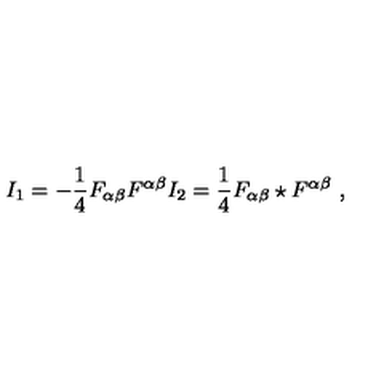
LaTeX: I _ { 1 } = - \frac { 1 } { 4 } F _ { { \alpha } { \beta } } F ^ { { \alpha } { \beta } } I _ { 2 } = \frac { 1 } { 4 } F _ { { \alpha } { \beta } } \star F ^ { { \alpha } { \beta } } \ ,